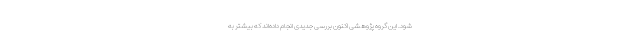
شود. این گروه پژوهشی اکنون بررسی جدیدی انجام داده‌اند که بیشتر به